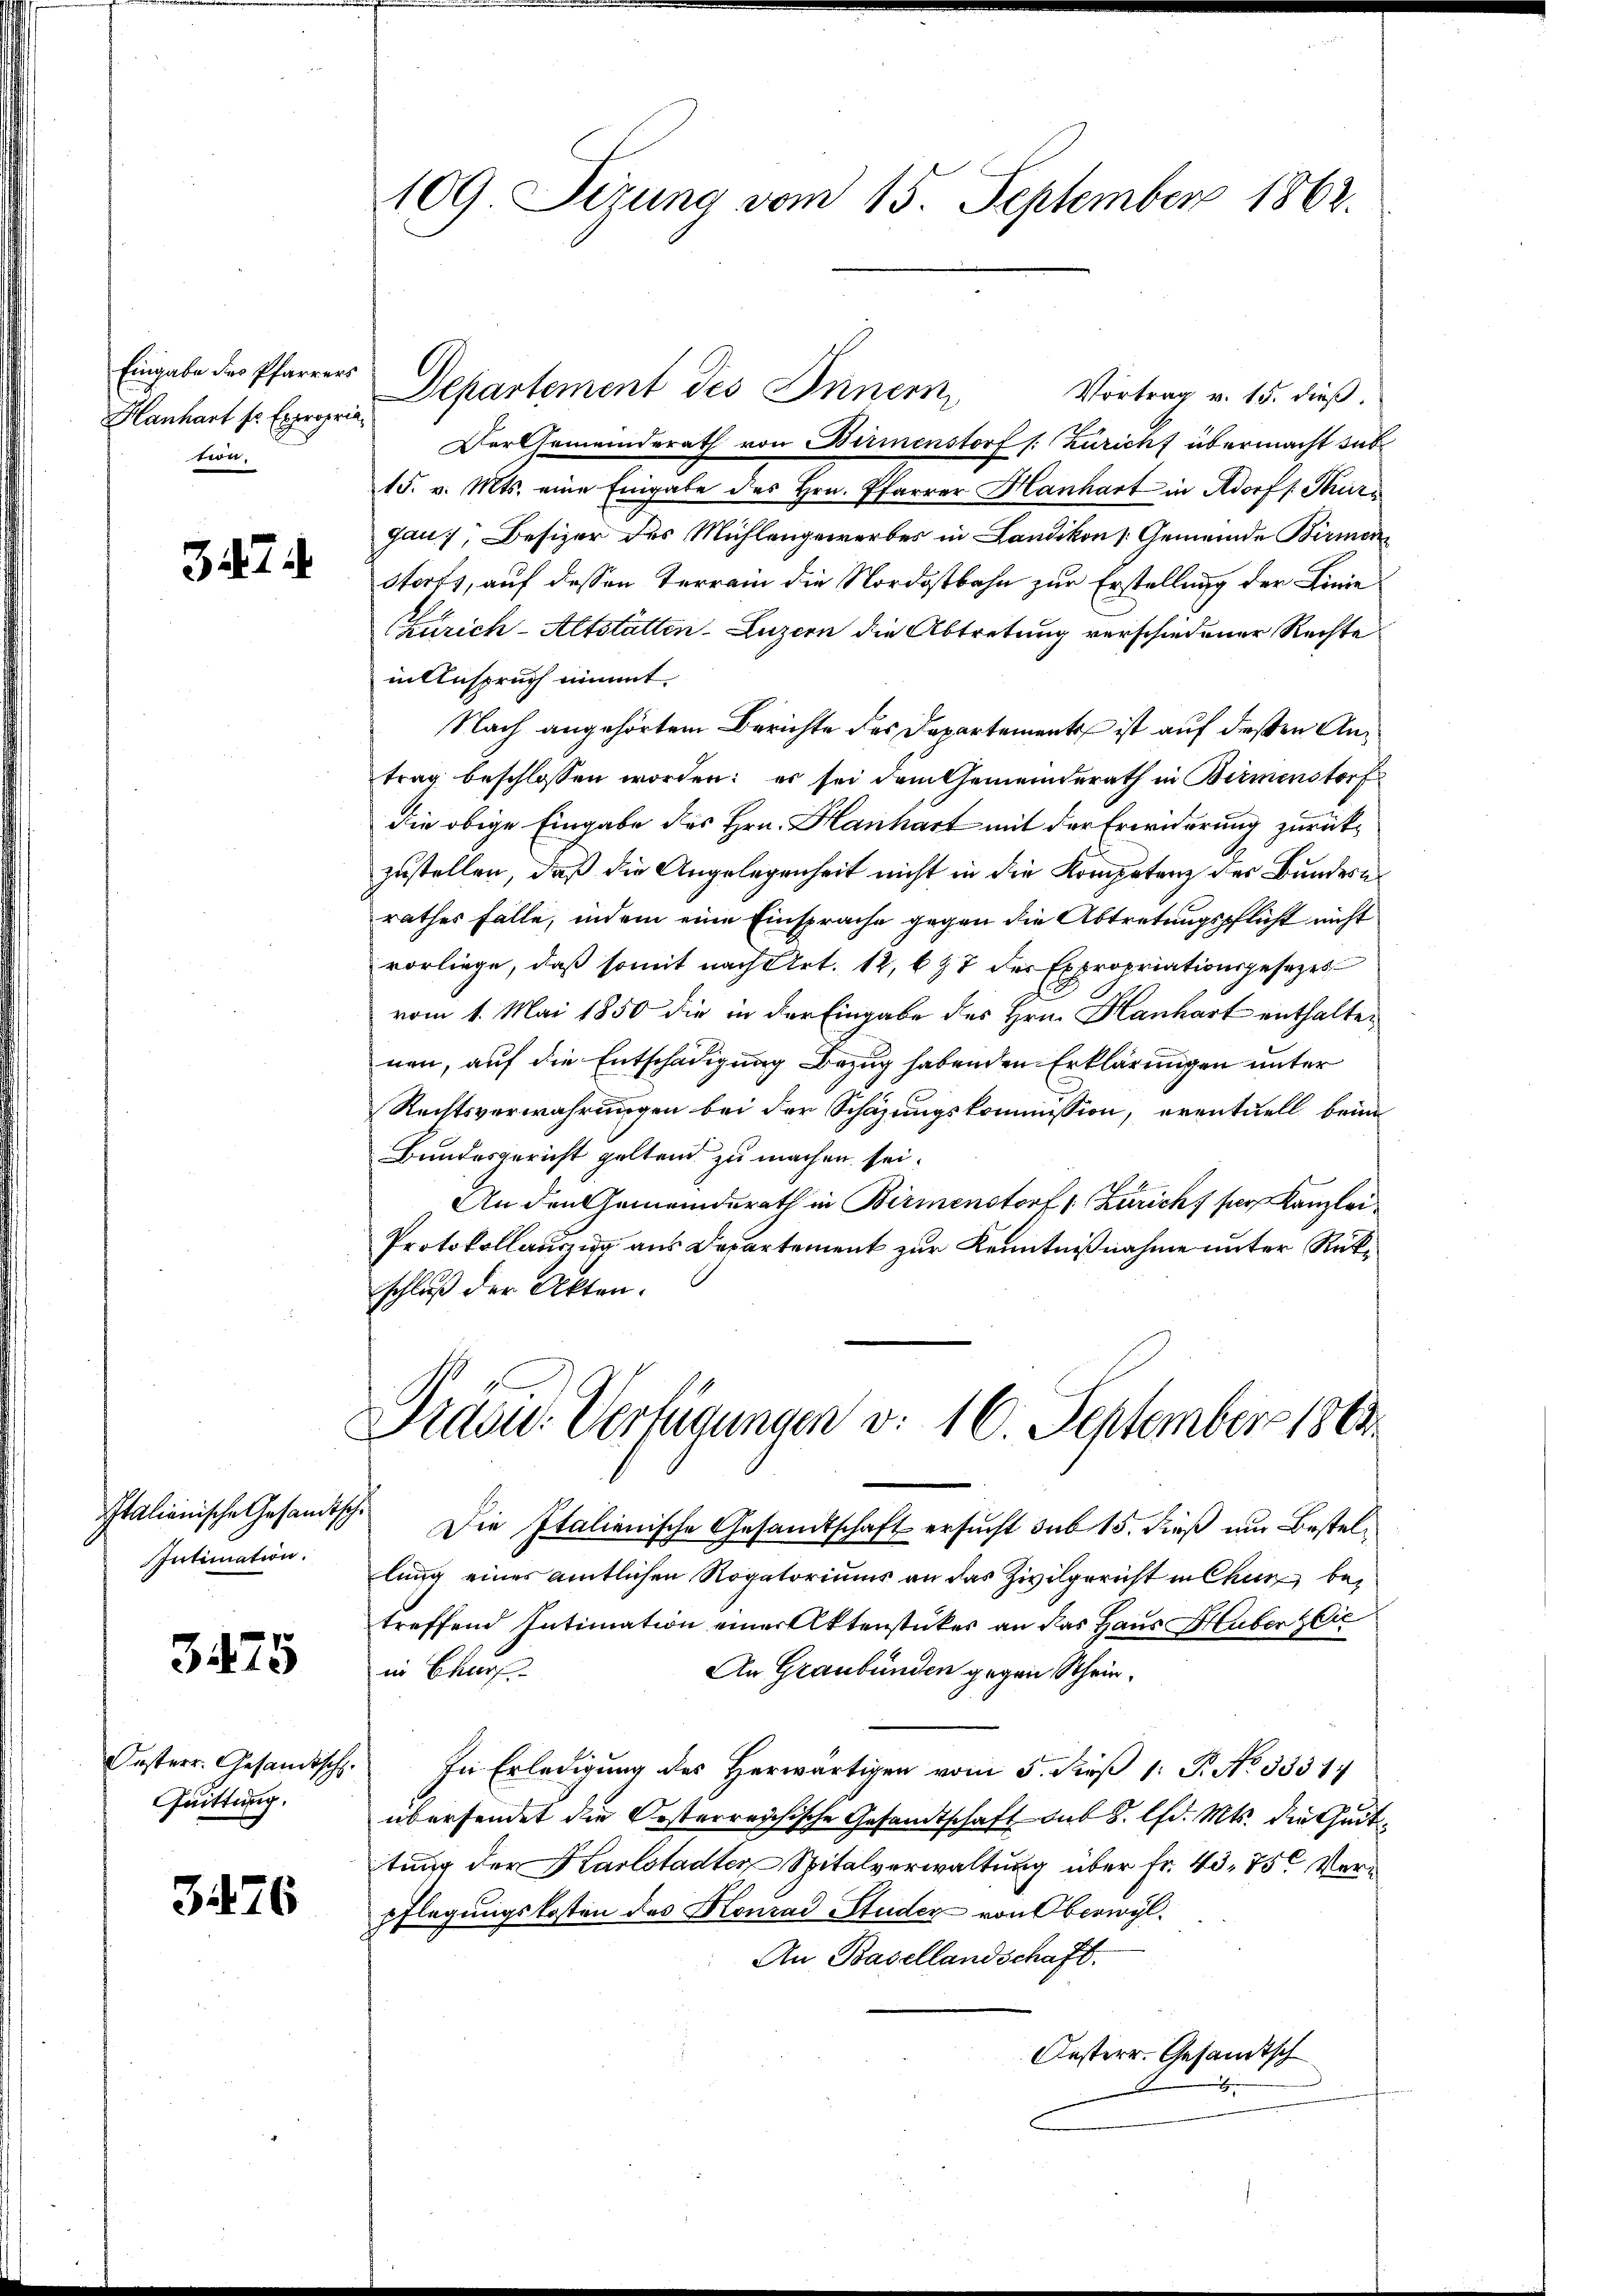
Eingabe des Pfarrers
Hanhart sr. Expropria
ton.

7

Italienische Gesandtsch.
Intimation.

3475

Oesterr. Gesandtsch.
Quittung.

3476

109 Sizung vom 15. September 1862.

Departement des Innern,
Vortrag v. 15. dieß.
Der Gemeinderath von Birmenstorf /: Züricht übermacht sub
15. v. Mts. eine Eingabe des Hrn. Pfarrer Hanhart in Adorfs Thurn
gau, Besizer des Mühlengewerbes in Landikon [Gemeinde Birmen
storfs, auf dessen Terrain die Nordostbahn zur Erstellung der Linie
(Zürich-Altstätten Luzern die Abtretung verschiedener Rechte
in Anspruch nimmt.
Nach angehörtem Berichte des Departement ist auf deßen Antrag beschlossen worden: es sei dem Gemeinderath in Birmenstorf
die obige Eingabe des Hrn. Hanhart mit der Erwiderung zurückzustellen, daß die Angelegenheit nicht in die Kompetenz des Bundern
rathes Fälle, indem eine Einsprache gegen die Abtretungspflicht nicht
vorliege, daß somit nach Art. 12, 697 der Expropriationsgesetzes
vom 1. Mai 1850 die in der Eingabe des Hrn. Hanhart enthalten
nen, auf die Entschädigung Bezug habenden Erklärungen unter
Rechtsverwahrungen bei der Schazungskommission, eventuell beim
Bundesgericht geltend zu machen sei.
An den Gemeinderath in Birmenstorf 1. Zuricht par Kanzlei
Protokollauszug aus Departement zur Kenntnißnahme unter Rückschluß der Akten.

Praou. Verfügungen v. 16. September 1864

Die Italienische Gesandtschaft ersucht sub 15. dieß um Bestellung eines amtlichen Rogatoriums an das Zivilgericht in Chun bei
treffend Intimation einer Aktenstückes an das Haus Huberlie
in Beauf
An Graubünden gegen Schein¬
In Erledigung des Herwärtigen vom 5. dieβ 1: P. No 33314
übersendet die Oesterreichische Gesandtschaft aus S. lfd. Mts. die Geittung der Karlstadter Spitalverwaltung über Fr. 40. 75. Verpflegungskosten des Honrad Studer von Oberwyl
An Basellandschaft.
Oesterr. Gesandtsch